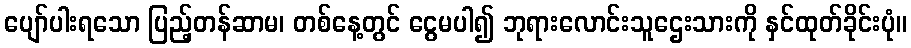
ပျော်ပါးရသော ပြည့်တန်ဆာမ၊ တစ်နေ့တွင် ငွေမပါ၍ ဘုရားလောင်းသူဌေးသားကို နှင်ထုတ်ခိုင်းပုံ။